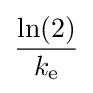
{\frac {\ln(2)}{k_{\text{e}}}}